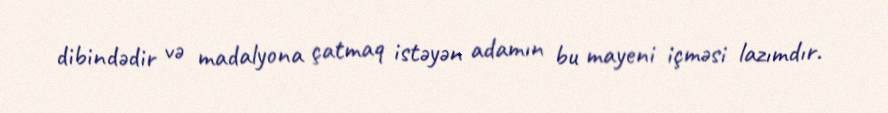
dibindədir və madalyona çatmaq istəyən adamın bu mayeni içməsi lazımdır.